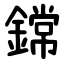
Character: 鏛